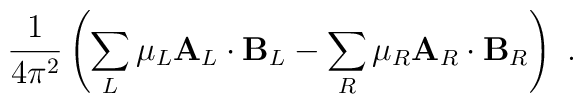
{1\over 4\pi^2}\left(\sum_L \mu_L {\bf A}_L\cdot {\bf B}_L -\sum_R \mu_R {\bf A}_R\cdot {\bf B}_R\right)  ~.